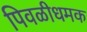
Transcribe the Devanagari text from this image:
पिवळीधमक